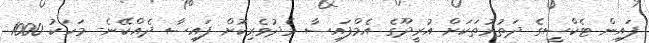
ފައިން ޓެކްސީގެ ދަތުރުތަކަށް އުރީދޫގެ އެމްފައިސާ މެދުވެރިކޮށް ފައިސާ ދެއްކޭނެ- މަހަކު 1000